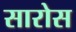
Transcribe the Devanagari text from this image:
सारोस